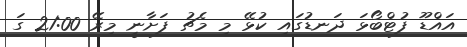
އައްޑޫ ފުޓްބޯޅަ ދަނޑުގައި ކުޅޭ މި މެޗު ފަށާނީ މިރޭ 21:00 ގަ